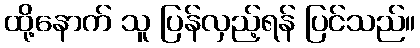
ထို့နောက် သူ ပြန်လှည့်ရန် ပြင်သည်။